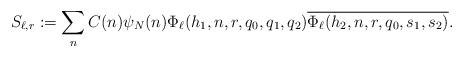
\begin{align*} S_{\ell,r}:= \sum_n C(n)\psi_N(n) \Phi_{\ell}(h_1,n, r, q_0,q_1,q_2) \overline{\Phi_{\ell}( h_2,n, r,q_0,s_1,s_2)}.\end{align*}